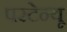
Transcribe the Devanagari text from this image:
परटेन्यू